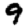
Digit: 9